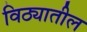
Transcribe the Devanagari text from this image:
विठ्यातील